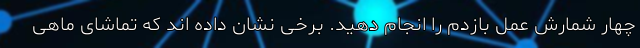
چهار شمارش عمل بازدم را انجام دهید. برخی نشان داده اند که تماشای ماهی